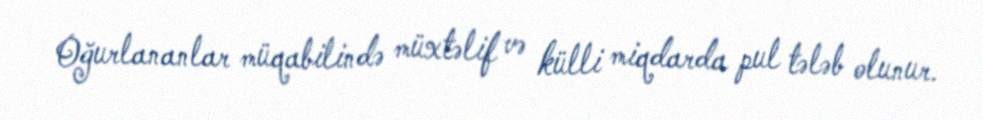
Oğurlananlar müqabilində müxtəlif və külli miqdarda pul tələb olunur.